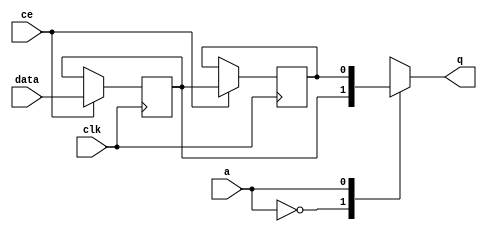
// This program was cloned from: https://github.com/mustafabbas/ECE1373_2016_hft_on_fpga
// License: MIT License

// ==============================================================
// File generated by Vivado(TM) HLS - High-Level Synthesis from C, C++ and SystemC
// Version: 2016.3
// Copyright (C) 1986-2016 Xilinx, Inc. All Rights Reserved.
// 
// ==============================================================


`timescale 1 ns / 1 ps

module start_for_txPath_U0_shiftReg (
    clk,
    data,
    ce,
    a,
    q);

parameter DATA_WIDTH = 32'd1;
parameter ADDR_WIDTH = 32'd1;
parameter DEPTH = 32'd2;

input clk;
input [DATA_WIDTH-1:0] data;
input ce;
input [ADDR_WIDTH-1:0] a;
output [DATA_WIDTH-1:0] q;

reg[DATA_WIDTH-1:0] SRL_SIG [0:DEPTH-1];
integer i;

always @ (posedge clk)
    begin
        if (ce)
        begin
            for (i=0;i<DEPTH-1;i=i+1)
                SRL_SIG[i+1] <= SRL_SIG[i];
            SRL_SIG[0] <= data;
        end
    end

assign q = SRL_SIG[a];

endmodule

module start_for_txPath_U0 (
    clk,
    reset,
    if_empty_n,
    if_read_ce,
    if_read,
    if_dout,
    if_full_n,
    if_write_ce,
    if_write,
    if_din);

parameter MEM_STYLE = "auto";
parameter DATA_WIDTH = 32'd1;
parameter ADDR_WIDTH = 32'd1;
parameter DEPTH = 32'd2;

input clk;
input reset;
output if_empty_n;
input if_read_ce;
input if_read;
output[DATA_WIDTH - 1:0] if_dout;
output if_full_n;
input if_write_ce;
input if_write;
input[DATA_WIDTH - 1:0] if_din;

wire[ADDR_WIDTH - 1:0] shiftReg_addr ;
wire[DATA_WIDTH - 1:0] shiftReg_data, shiftReg_q;
wire                     shiftReg_ce;
reg[ADDR_WIDTH:0] mOutPtr = {(ADDR_WIDTH+1){1'b1}};
reg internal_empty_n = 0, internal_full_n = 1;

assign if_empty_n = internal_empty_n;
assign if_full_n = internal_full_n;
assign shiftReg_data = if_din;
assign if_dout = shiftReg_q;

always @ (posedge clk) begin
    if (reset == 1'b1)
    begin
        mOutPtr <= ~{ADDR_WIDTH+1{1'b0}};
        internal_empty_n <= 1'b0;
        internal_full_n <= 1'b1;
    end
    else begin
        if (((if_read & if_read_ce) == 1 & internal_empty_n == 1) && 
            ((if_write & if_write_ce) == 0 | internal_full_n == 0))
        begin
            mOutPtr <= mOutPtr -1;
            if (mOutPtr == 0)
                internal_empty_n <= 1'b0;
            internal_full_n <= 1'b1;
        end 
        else if (((if_read & if_read_ce) == 0 | internal_empty_n == 0) && 
            ((if_write & if_write_ce) == 1 & internal_full_n == 1))
        begin
            mOutPtr <= mOutPtr +1;
            internal_empty_n <= 1'b1;
            if (mOutPtr == DEPTH-2)
                internal_full_n <= 1'b0;
        end 
    end
end

assign shiftReg_addr = mOutPtr[ADDR_WIDTH] == 1'b0 ? mOutPtr[ADDR_WIDTH-1:0]:{ADDR_WIDTH{1'b0}};
assign shiftReg_ce = (if_write & if_write_ce) & internal_full_n;

start_for_txPath_U0_shiftReg 
#(
    .DATA_WIDTH(DATA_WIDTH),
    .ADDR_WIDTH(ADDR_WIDTH),
    .DEPTH(DEPTH))
U_start_for_txPath_U0_ram (
    .clk(clk),
    .data(shiftReg_data),
    .ce(shiftReg_ce),
    .a(shiftReg_addr),
    .q(shiftReg_q));

endmodule